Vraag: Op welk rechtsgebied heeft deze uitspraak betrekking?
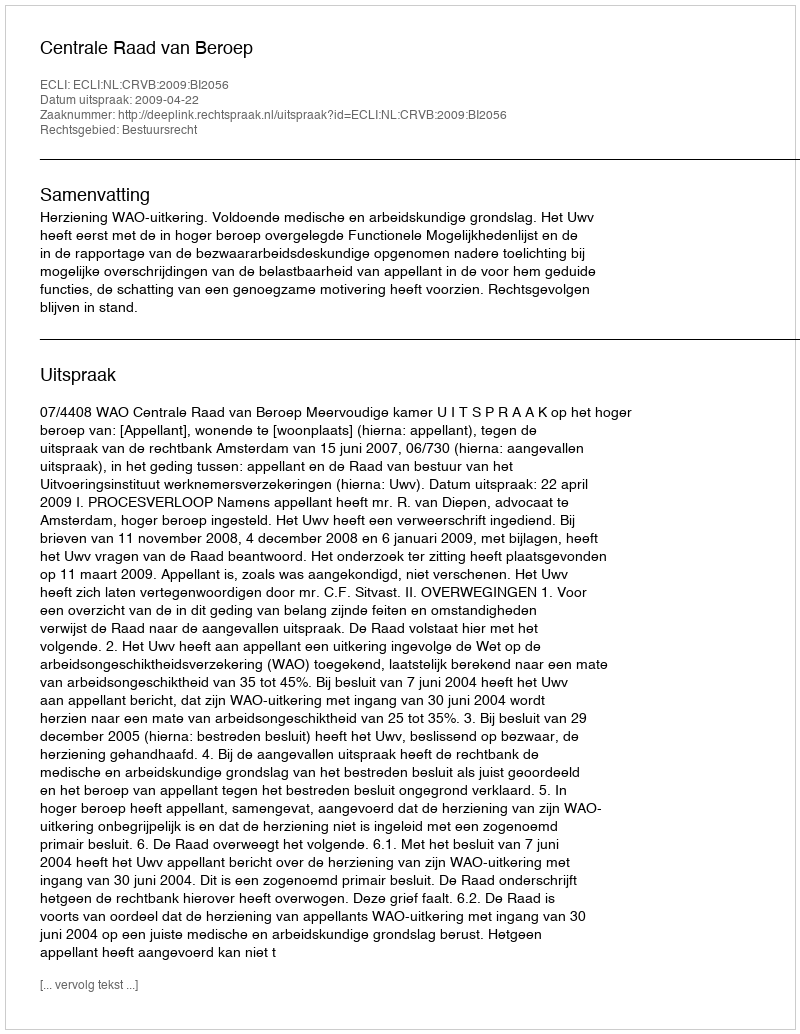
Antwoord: Bestuursrecht